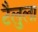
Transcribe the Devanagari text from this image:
टैलुला